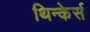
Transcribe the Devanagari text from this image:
थिन्केर्स